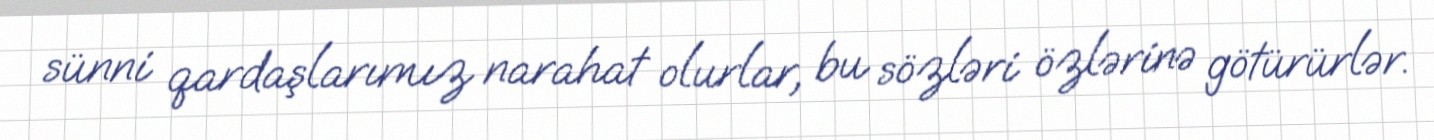
sünni qardaşlarımız narahat olurlar, bu sözləri özlərinə götürürlər.